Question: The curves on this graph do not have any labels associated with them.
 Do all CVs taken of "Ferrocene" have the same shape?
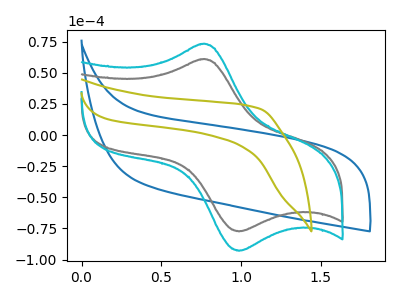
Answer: <think>The blue curve "blue" has no peaks. The gray curve "gray" has an anodic peak at (0.75V, 60.85uA) and a cathodic peak at (1.00V, -77.40uA). The cyan curve "cyan" has an anodic peak at (0.75V, 73.10uA) and a cathodic peak at (1.00V, -92.95uA). The olive curve "olive" has no peaks.
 "blue" and "gray" have a different number of peaks. "blue" and "cyan" have a different number of peaks. Neither "blue" or "olive" have any peaks. All the peaks in "gray" have a peak in "cyan" at the same potential. Every peak in "gray" is lower than every peak in "cyan". "gray" and "olive" have a different number of peaks. "cyan" and "olive" have a different number of peaks.</think>
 <answer>All the CV's of "Ferrocene" have similar shape.</answer>
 <eval>follow_rule</eval>